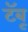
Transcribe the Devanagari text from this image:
टॅबू